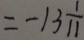
= - 1 3 \frac { 1 } { 1 1 }